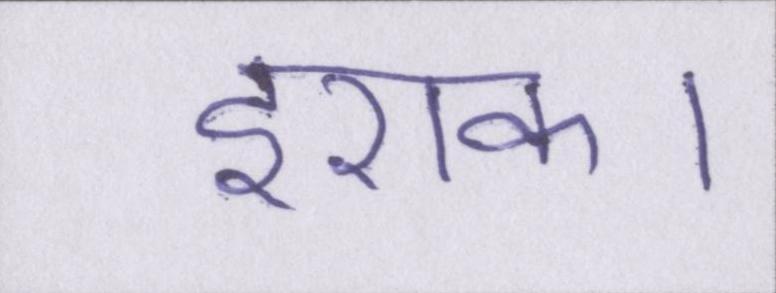
इराक।